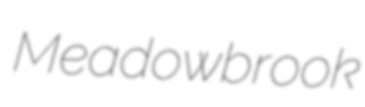
Meadowbrook